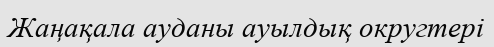
Жаңақала ауданы ауылдық округтері